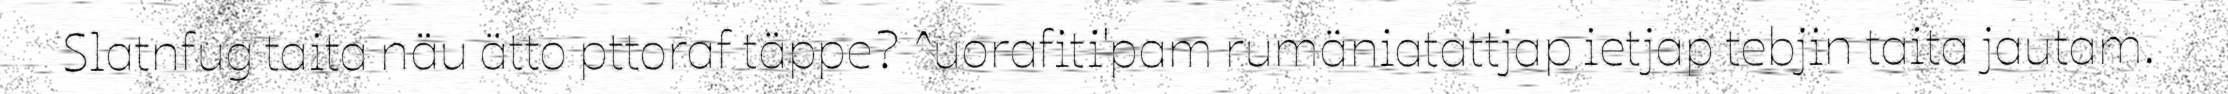
Slatnfug taita näu ätto pttoraf täppe? ^uorafiti'pam rumäniatattjap ietjap tebjin taita jautam.